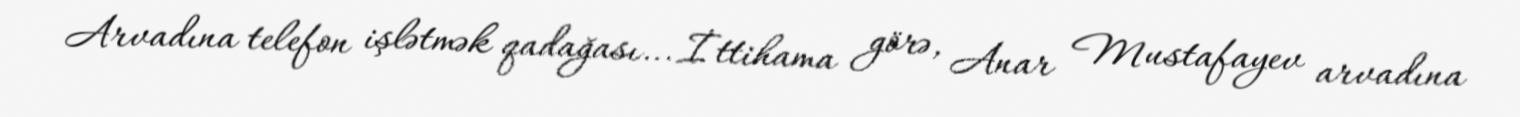
Arvadına telefon işlətmək qadağası... İttihama görə, Anar Mustafayev arvadına